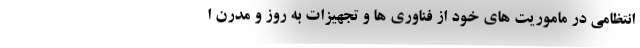
انتظامی در ماموریت های خود از فناوری ها و تجهیزات به روز و مدرن ا